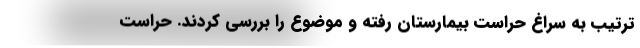
ترتیب به سراغ حراست بیمارستان رفته و موضوع را بررسی کردند. حراست